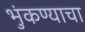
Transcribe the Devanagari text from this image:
भुंकण्याचा